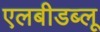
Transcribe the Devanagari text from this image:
एलबीडब्लू